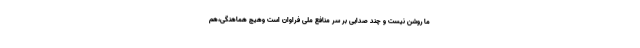
ما روشن نیست و چند صدایی بر سر منافع ملی فراوان است وهیچ هماهنگی،هم